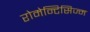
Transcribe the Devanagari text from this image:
रोमेन्टिसिज्म